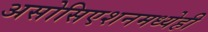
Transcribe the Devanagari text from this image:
असोसिएशनमध्येही